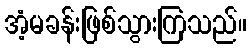
အံ့မခန်းဖြစ်သွားကြသည်။